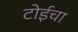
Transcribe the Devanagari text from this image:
टोईचा